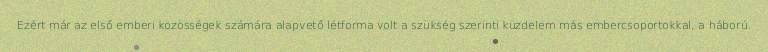
Ezért már az első emberi közösségek számára alapvető létforma volt a szükség szerinti küzdelem más embercsoportokkal, a háború.